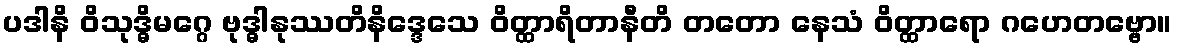
ပဒါနိ ဝိသုဒ္ဓိမဂ္ဂေ ဗုဒ္ဓါနုဿတိနိဒ္ဒေသေ ဝိတ္ထာရိတာနီတိ တတော နေသံ ဝိတ္ထာရော ဂဟေတဗ္ဗော။